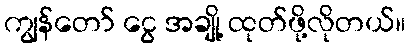
ကျွန်တော် ငွေ အချို့ ထုတ်ဖို့လိုတယ်။